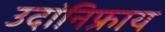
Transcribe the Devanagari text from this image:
उदांनिफ्राय